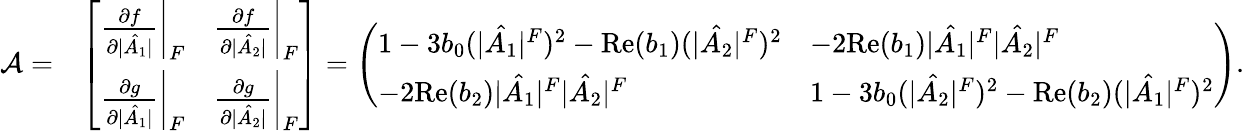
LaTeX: \begin{array}{rl}{\mathcal{A}=}&{\left[\begin{array}{ll}{\left.\frac{\partial f}{\partial|\hat{A_{1}}|}\right|_{F}}&{\left.\frac{\partial f}{\partial|\hat{A_{2}}|}\right|_{F}}\\ {\left.\frac{\partial g}{\partial|\hat{A_{1}}|}\right|_{F}}&{\left.\frac{\partial g}{\partial|\hat{A_{2}}|}\right|_{F}}\end{array}\right]=\left(\begin{array}{ll}{1-3b_{0}(|\hat{A_{1}}|^{F})^{2}-\mathrm{Re}(b_{1})(|\hat{A_{2}}|^{F})^{2}}&{-2\mathrm{Re}(b_{1})|\hat{A_{1}}|^{F}|\hat{A_{2}}|^{F}}\\ {-2\mathrm{Re}(b_{2})|\hat{A_{1}}|^{F}|\hat{A_{2}}|^{F}}&{1-3b_{0}(|\hat{A_{2}}|^{F})^{2}-\mathrm{Re}(b_{2})(|\hat{A_{1}}|^{F})^{2}}\end{array}\right).}\end{array}